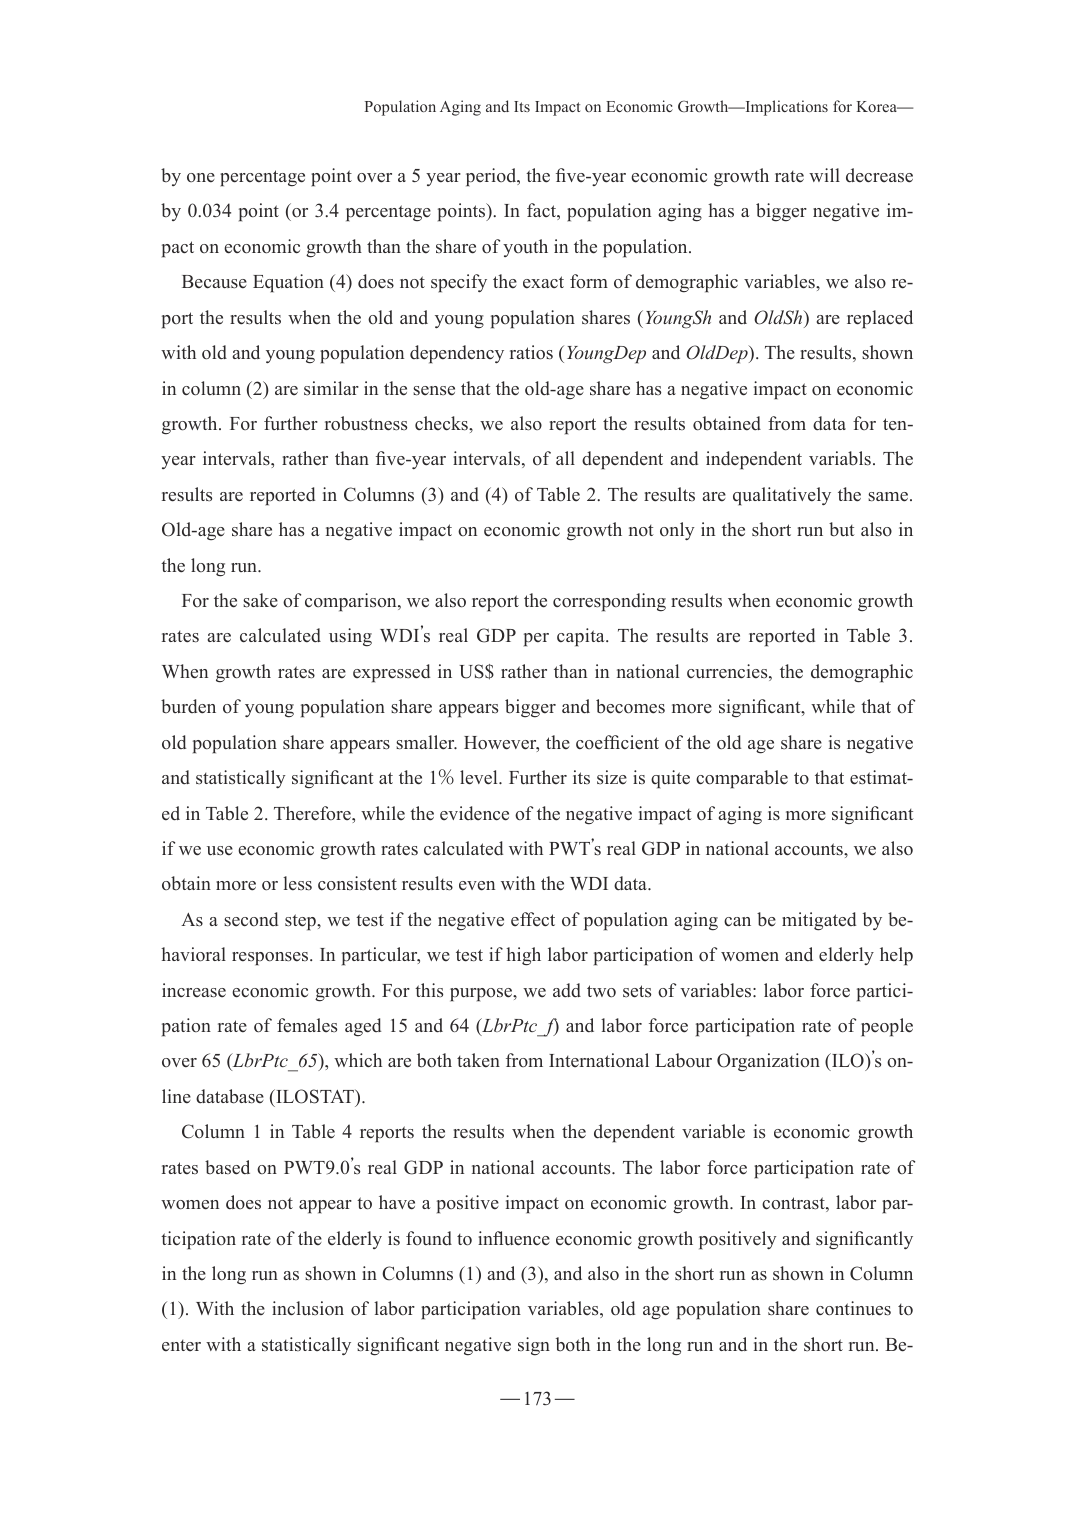
Population Aging and Its Impact on Economic Growth—Implications for Korea—

by one percentage point over a 5 year period, the five-year economic growth rate will decrease by 0.034 point (or 3.4 percentage points). In fact, population aging has a bigger negative impact on economic growth than the share of youth in the population.

Because Equation (4) does not specify the exact form of demographic variables, we also report the results when the old and young population shares (YoungSh and OldSh) are replaced with old and young population dependency ratios (YoungDep and OldDep). The results, shown in column (2) are similar in the sense that the old-age share has a negative impact on economic growth. For further robustness checks, we also report the results obtained from data for ten-year intervals, rather than five-year intervals, of all dependent and independent variables. The results are reported in Columns (3) and (4) of Table 2. The results are qualitatively the same. Old-age share has a negative impact on economic growth not only in the short run but also in the long run.

For the sake of comparison, we also report the corresponding results when economic growth rates are calculated using WDI’s real GDP per capita. The results are reported in Table 3. When growth rates are expressed in US$ rather than in national currencies, the demographic burden of young population share appears bigger and becomes more significant, while that of old population share appears smaller. However, the coefficient of the old age share is negative and statistically significant at the 1% level. Further its size is quite comparable to that estimated in Table 2. Therefore, while the evidence of the negative impact of aging is more significant if we use economic growth rates calculated with PWT’s real GDP in national accounts, we also obtain more or less consistent results even with the WDI data.

As a second step, we test if the negative effect of population aging can be mitigated by behavioral responses. In particular, we test if high labor participation of women and elderly help increase economic growth. For this purpose, we add two sets of variables: labor force participation rate of females aged 15 and 64 (LbrPtc_f) and labor force participation rate of people over 65 (LbrPtc_65), which are both taken from International Labour Organization (ILO)’s online database (ILOSTAT).

Column 1 in Table 4 reports the results when the dependent variable is economic growth rates based on PWT9.0’s real GDP in national accounts. The labor force participation rate of women does not appear to have a positive impact on economic growth. In contrast, labor participation rate of the elderly is found to influence economic growth positively and significantly in the long run as shown in Columns (1) and (3), and also in the short run as shown in Column (1). With the inclusion of labor participation variables, old age population share continues to enter with a statistically significant negative sign both in the long run and in the short run. Be—

— 173 —